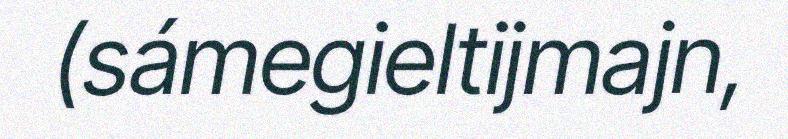
(sámegieltijmajn,